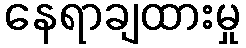
နေရာချထားမှု